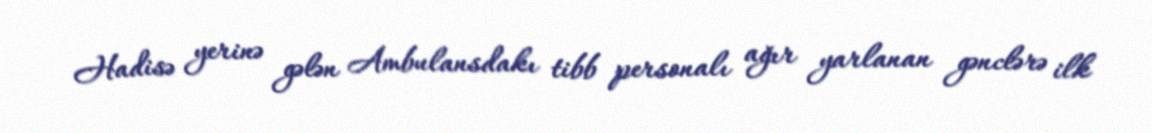
Hadisə yerinə gələn Ambulansdakı tibb personalı ağır yarlanan gənclərə ilk